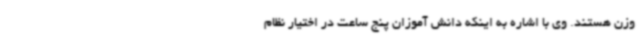
وزن هستند. وی با اشاره به اینکه دانش آموزان پنج ساعت در اختیار نظام